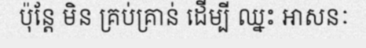
ប៉ុន្តែ មិន គ្រប់គ្រាន់ ដើម្បី ឈ្នះ អាសនៈ